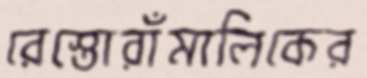
রেস্তোরাঁমালিকের